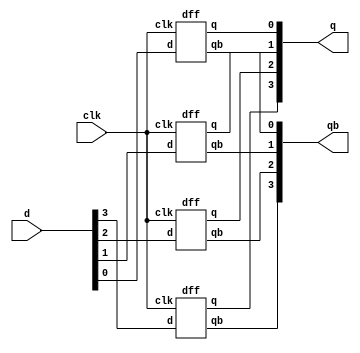
module pipo(d,clk,q,qb);
    input [3:0]d;
    input clk;
    output [3:0]q,qb;
    dff a(d[3], clk, q[3],qb[3]);
    dff b(d[2], clk, q[2],qb[2]);
    dff c(d[1], clk, q[1],qb[1]);
    dff e(d[0], clk, q[0],qb[0]);
endmodule
module dff(d,clk,q,qb);
input d,clk;
output q,qb;
reg q,qb;
always@(posedge clk)
begin
if (d==0)
  begin
  q=1'b0;
  qb=1'b1;
end
else
begin
    q=1'b1;
    qb=1'b0;
  end
end
endmodule